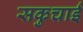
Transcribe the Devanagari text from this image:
सकुचाई